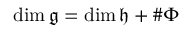
\dim { \mathfrak { g } } = \dim { \mathfrak { h } } + \# \Phi